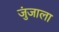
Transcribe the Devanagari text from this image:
जुंजाला